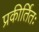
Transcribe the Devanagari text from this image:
प्रकीर्तितः